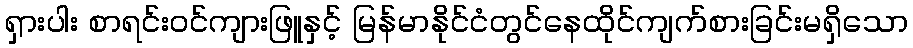
ရှားပါး စာရင်းဝင်ကျားဖြူနှင့် မြန်မာနိုင်ငံတွင်နေထိုင်ကျက်စားခြင်းမရှိသော